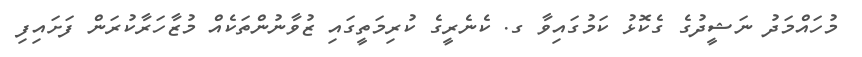
މުހައްމަދު ނަޝީދުގެ ގެކޮޅު ކަމުގައިވާ ގ. ކެނެރީގެ ކުރިމަތީގައި ޒުވާނުންތަކެއް މުޒާހަރާކުރަން ފަށައިިފި